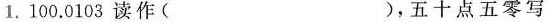
1.100.0103读作( )，五十点五零写